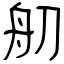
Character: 舠